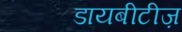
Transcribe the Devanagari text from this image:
डायबीटीज़